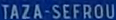
TAZA-SEFROU